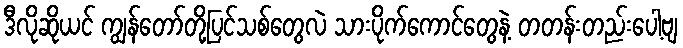
ဒီလိုဆိုယင် ကျွန်တော်တို့ပြင်သစ်တွေလဲ သားပိုက်ကောင်တွေနဲ့ တတန်းတည်းပေါ့ဗျ